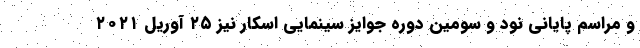
و مراسم پایانی نود و سومین دوره جوایز سینمایی اسکار نیز ۲۵ آوریل ۲۰۲۱